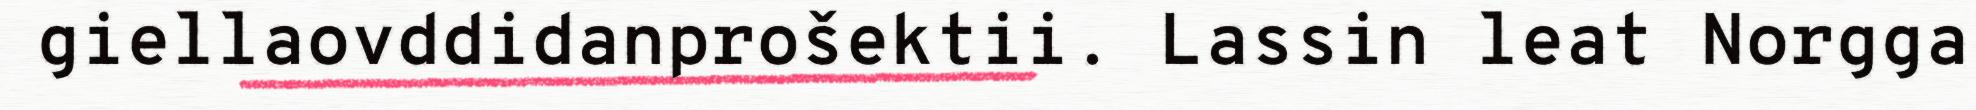
giellaovddidanprošektii. Lassin leat Norgga